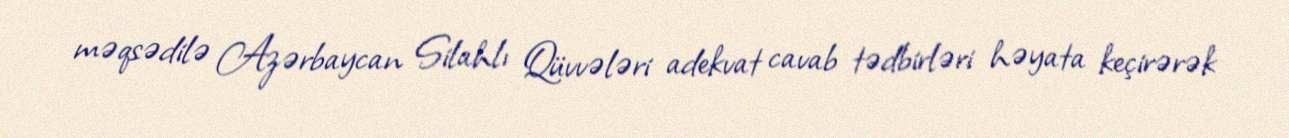
məqsədilə Azərbaycan Silahlı Qüvvələri adekvat cavab tədbirləri həyata keçirərək